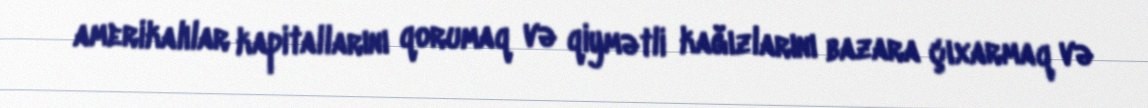
amerikalılar kapitallarını qorumaq və qiymətli kağızlarını bazara çıxarmaq və